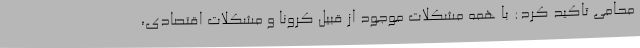
محامی تاکید کرد: با همه مشکلات موجود از قبیل کرونا و مشکلات اقتصادی،